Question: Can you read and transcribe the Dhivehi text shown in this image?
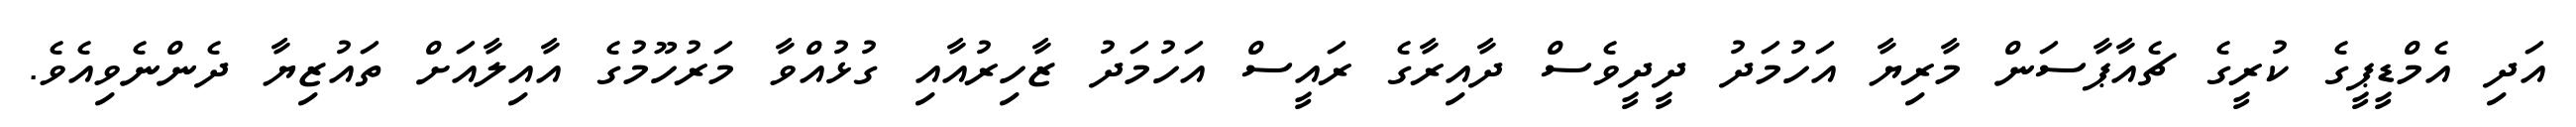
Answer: އަދި އެމްޑީޕީގެ ކުރީގެ ޗެއާޕާސަން މާރިޔާ އަހުމަދު ދީދީވެސް ދާއިރާގެ ރައީސް އަހުމަދު ޒާހިރުއާއި ގުޅުއްވާ މަރުހޫމުގެ އާއިލާއަށް ތައުޒިޔާ ދެންނެވިއެވެ.